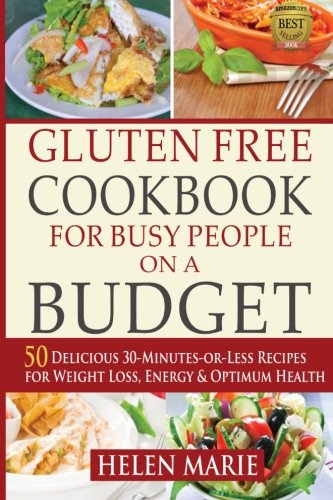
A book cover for Gluten Free Cookbook for Busy People on a Budget: 50 Delicious 30-Minutes-or-Less Recipes for Weight Loss, Energy & Optimum Health (Your Guide to Optimum Health) (Volume 1); Helen Marie; Cookbooks, Food & Wine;